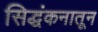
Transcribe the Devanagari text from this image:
सिद्धंकनातून